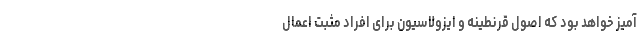
آمیز خواهد بود که اصول قرنطینه و ایزولاسیون برای افراد مثبت اعمال